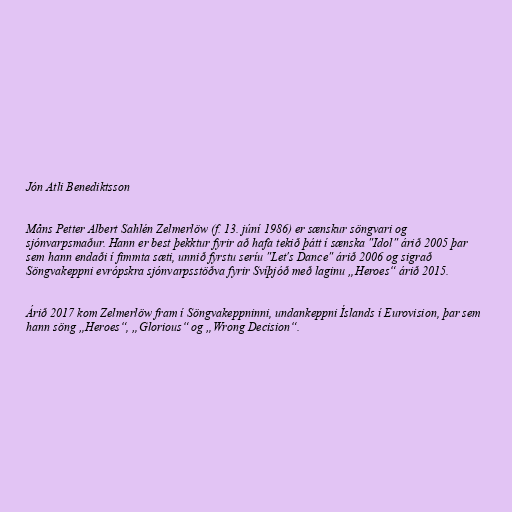
Jón Atli Benediktsson

Måns Petter Albert Sahlén Zelmerlöw (f. 13. júní 1986) er sænskur söngvari og
sjónvarpsmaður. Hann er best þekktur fyrir að hafa tekið þátt í sænska "Idol" árið 2005 þar
sem hann endaði í fimmta sæti, unnið fyrstu seríu "Let's Dance" árið 2006 og sigrað
Söngvakeppni evrópskra sjónvarpsstöðva fyrir Svíþjóð með laginu „Heroes“ árið 2015.

Árið 2017 kom Zelmerlöw fram í Söngvakeppninni, undankeppni Íslands í Eurovision, þar sem
hann söng „Heroes“, „Glorious“ og „Wrong Decision“.